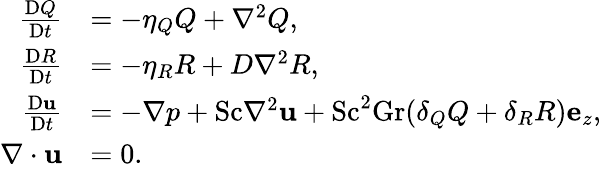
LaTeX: \begin{array}{rl}{\frac{\mathrm{D}Q}{\mathrm{D}t}}&{=-\eta_{Q}Q+\nabla^{2}Q,}\\ {\frac{\mathrm{D}R}{\mathrm{D}t}}&{=-\eta_{R}R+D\nabla^{2}R,}\\ {\frac{\mathrm{D}\mathbf{u}}{\mathrm{D}t}}&{=-\nabla p+\mathrm{Sc}\nabla^{2}\mathbf{u}+\mathrm{Sc}^{2}\mathrm{Gr}(\delta_{Q}Q+\delta_{R}R)\mathbf{e}_{z},}\\ {\nabla\cdot\mathbf{u}}&{=0.}\end{array}